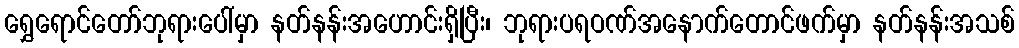
ရွှေရောင်တော်ဘုရားပေါ်မှာ နတ်နန်းအဟောင်းရှိပြီး၊ ဘုရားပရဝဏ်အနောက်တောင်ဖက်မှာ နတ်နန်းအသစ်